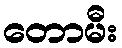
တောမီး